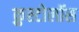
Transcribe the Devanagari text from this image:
क्रुस्टोलॉस